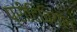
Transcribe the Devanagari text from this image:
प्रीटिबियल